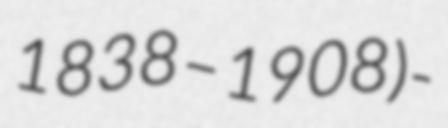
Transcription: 1838 – 1908) -